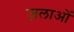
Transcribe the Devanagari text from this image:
ज़लाओं